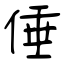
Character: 倕